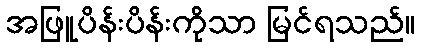
အဖြူပိန်းပိန်းကိုသာ မြင်ရသည်။